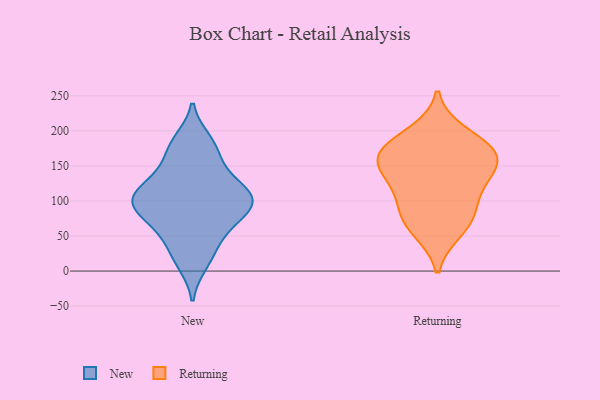
{"axis": {"x": "LTV (USD)", "y": "Value"}, "legend": ["New", "Returning"], "data": [{"x": "", "y": 134, "type": "New"}, {"x": "", "y": 155, "type": "New"}, {"x": "", "y": 31, "type": "New"}, {"x": "", "y": 97, "type": "New"}, {"x": "", "y": 176, "type": "New"}, {"x": "", "y": 96, "type": "New"}, {"x": "", "y": 52, "type": "New"}, {"x": "", "y": 79, "type": "New"}, {"x": "", "y": 114, "type": "New"}, {"x": "", "y": 114, "type": "New"}, {"x": "", "y": 109, "type": "New"}, {"x": "", "y": 187, "type": "New"}, {"x": "", "y": 10, "type": "New"}, {"x": "", "y": 70, "type": "New"}, {"x": "", "y": 93, "type": "New"}, {"x": "", "y": 168, "type": "Returning"}, {"x": "", "y": 58, "type": "Returning"}, {"x": "", "y": 196, "type": "Returning"}, {"x": "", "y": 110, "type": "Returning"}, {"x": "", "y": 72, "type": "Returning"}, {"x": "", "y": 157, "type": "Returning"}, {"x": "", "y": 172, "type": "Returning"}, {"x": "", "y": 170, "type": "Returning"}, {"x": "", "y": 130, "type": "Returning"}, {"x": "", "y": 143, "type": "Returning"}, {"x": "", "y": 85, "type": "Returning"}]}